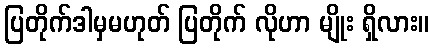
ပြတိုက်ဒါမှမဟုတ် ပြတိုက် လိုဟာ မျိုး ရှိလား။